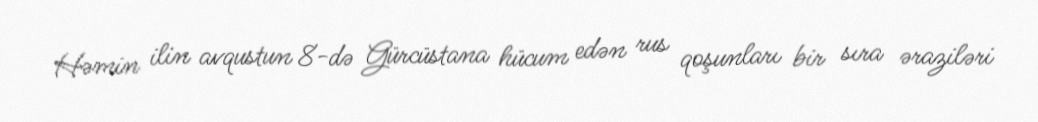
Həmin ilin avqustun 8-də Gürcüstana hücum edən rus qoşunları bir sıra əraziləri